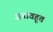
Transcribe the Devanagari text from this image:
जनावहूत